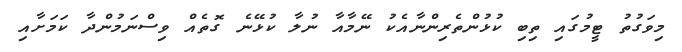
މިވަގުތު ޓީމުގައި ތިިބި ކުޅުންތެރިންނާއެކު ނޭމާއާ ނުލާ ކުޅޭނެ ގޮތެއް ވިސްނަމުންދާ ކަމަށާއި